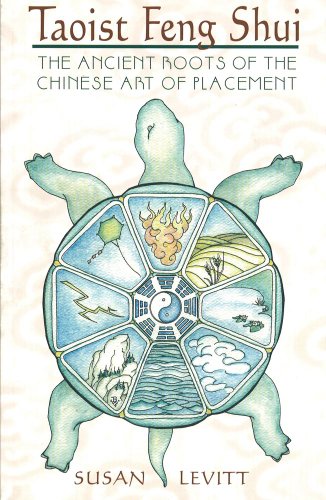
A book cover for Taoist Feng Shui: The Ancient Roots of the Chinese Art of Placement; Susan Levitt; Religion & Spirituality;